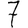
Digit: 7